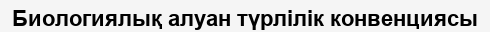
Биологиялық алуан түрлілік конвенциясы